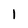
Character: 1